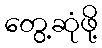
တွေ့ဆုံဖို့